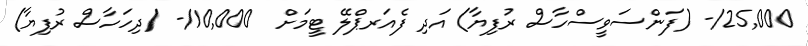
25